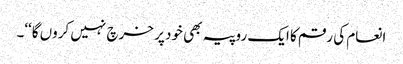
انعام کی رقم کا ایک روپیہ بھی خود پر خرچ نہیں کروں گا‘‘۔